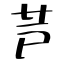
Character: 芦